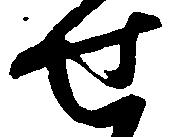
せ